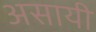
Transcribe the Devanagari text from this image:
असायी